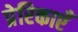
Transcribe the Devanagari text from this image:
प्रेरिकाएँ